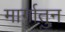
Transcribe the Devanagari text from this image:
मार्गातुन